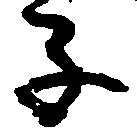
子